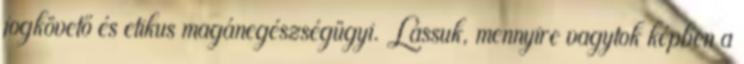
jogkövető és etikus magánegészségügyi. Lássuk, mennyire vagytok képben a